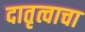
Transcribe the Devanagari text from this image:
दातृत्वाचा